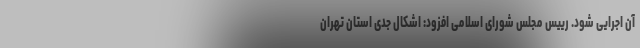
آن اجرایی شود. رییس مجلس شورای اسلامی افزود: اشکال جدی استان تهران